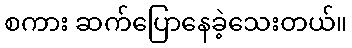
စကား ဆက်ပြောနေခဲ့သေးတယ်။